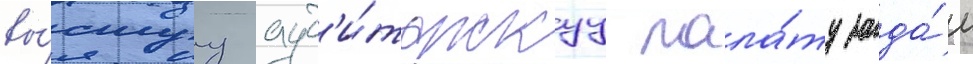
вы́сшуу ауд'и́торскуу пала́ту зада́ч